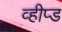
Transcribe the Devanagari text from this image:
व्हीप्ड